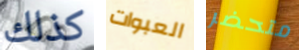
كذلك العبوات متحضر